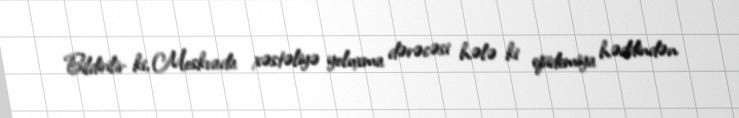
Bildirilir ki, Moskvada xəstəliyə yoluxma dərəcəsi hələ ki epidemiya həddindən